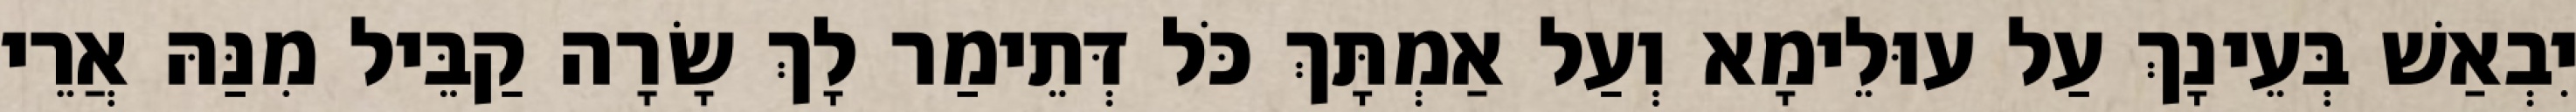
יִבְאַשׁ בְּעֵינָךְ עַל עוּלֵימָא וְעַל אַמְתָּךְ כֹּל דְּתֵימַר לָךְ שָׂרָה קַבֵּיל מִנַּהּ אֲרֵי